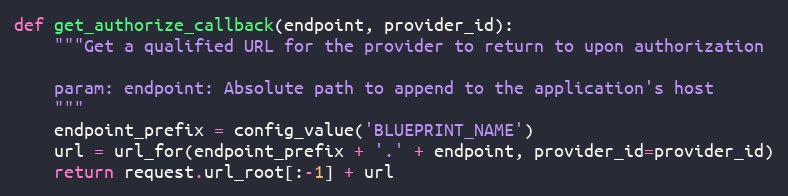
Language: Python
def get_authorize_callback(endpoint, provider_id):
    """Get a qualified URL for the provider to return to upon authorization

    param: endpoint: Absolute path to append to the application's host
    """
    endpoint_prefix = config_value('BLUEPRINT_NAME')
    url = url_for(endpoint_prefix + '.' + endpoint, provider_id=provider_id)
    return request.url_root[:-1] + url